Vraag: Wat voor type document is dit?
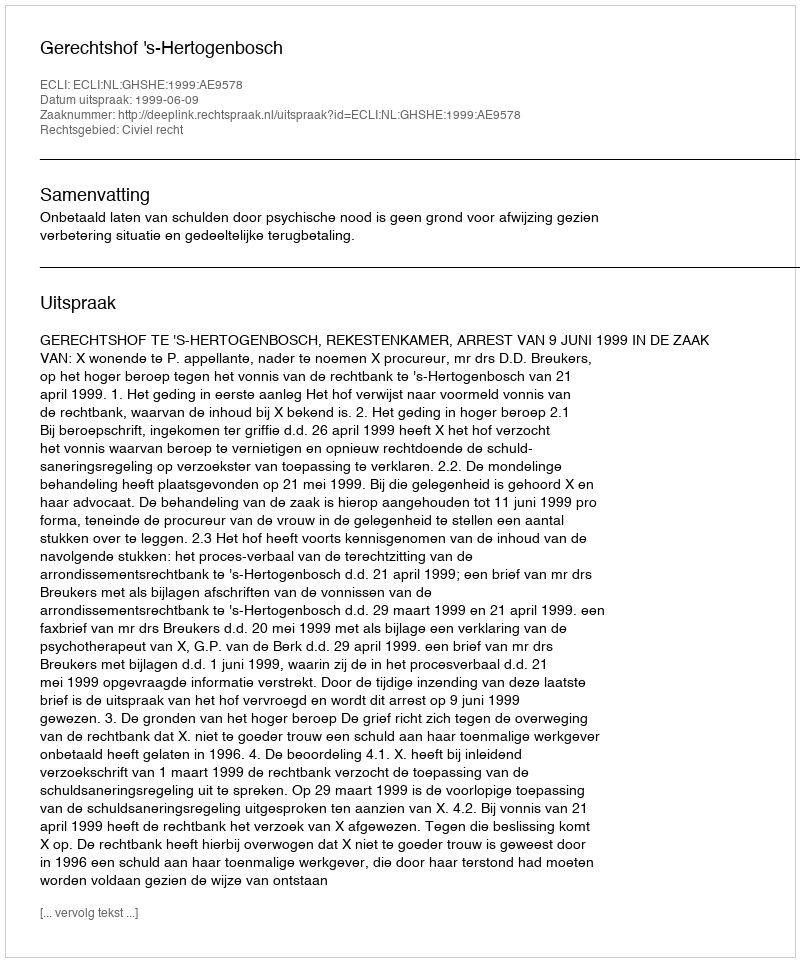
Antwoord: Uitspraak